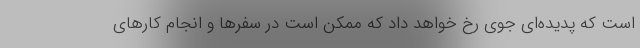
است که پدیده‌ای جوی رخ خواهد داد که ممکن است در سفرها و انجام کارهای